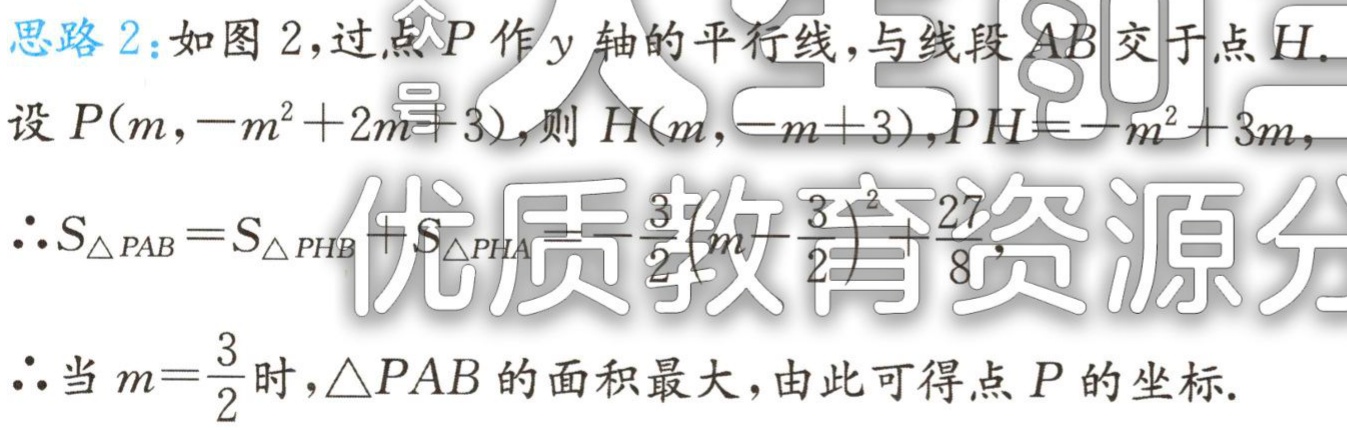
思路 2：如图 2，过点\(P\)作\(y\)轴的平行线，与线段\(AB\)交于点\(H\).

设\(P(m,-m^{2}+2m + 3)\)，则\(H(m,-m + 3)\)，\(PH=-m^{2}+3m\)，

\(\therefore S_{\triangle PAB}=S_{\triangle PHB}+S_{\triangle PHA}=-\frac{3}{2}(m - \frac{3}{2})^{2}+\frac{27}{8}\)，

\(\therefore\)当\(m = \frac{3}{2}\)时，\(\triangle PAB\)的面积最大，由此可得点\(P\)的坐标.